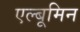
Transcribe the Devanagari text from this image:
एल्बूमिन